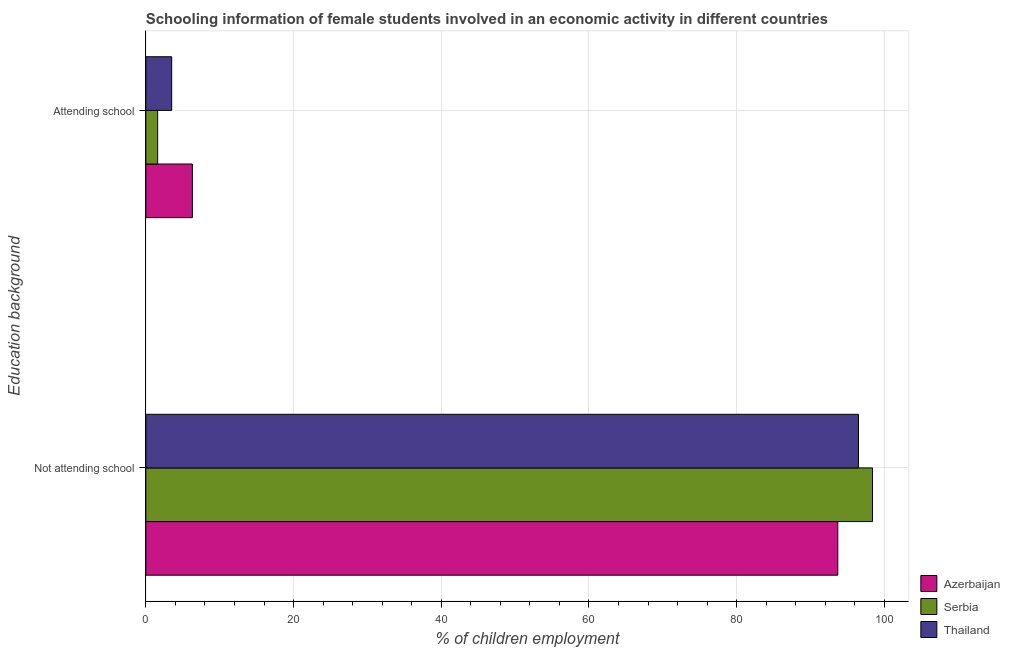
| Education background | Azerbaijan | Serbia | Thailand |
 | --- | --- | --- | --- |
 | Not attending school | 93.7 | 98.4 | 96.5 |
 | Attending school | 6.3 | 1.6 | 3.5 |